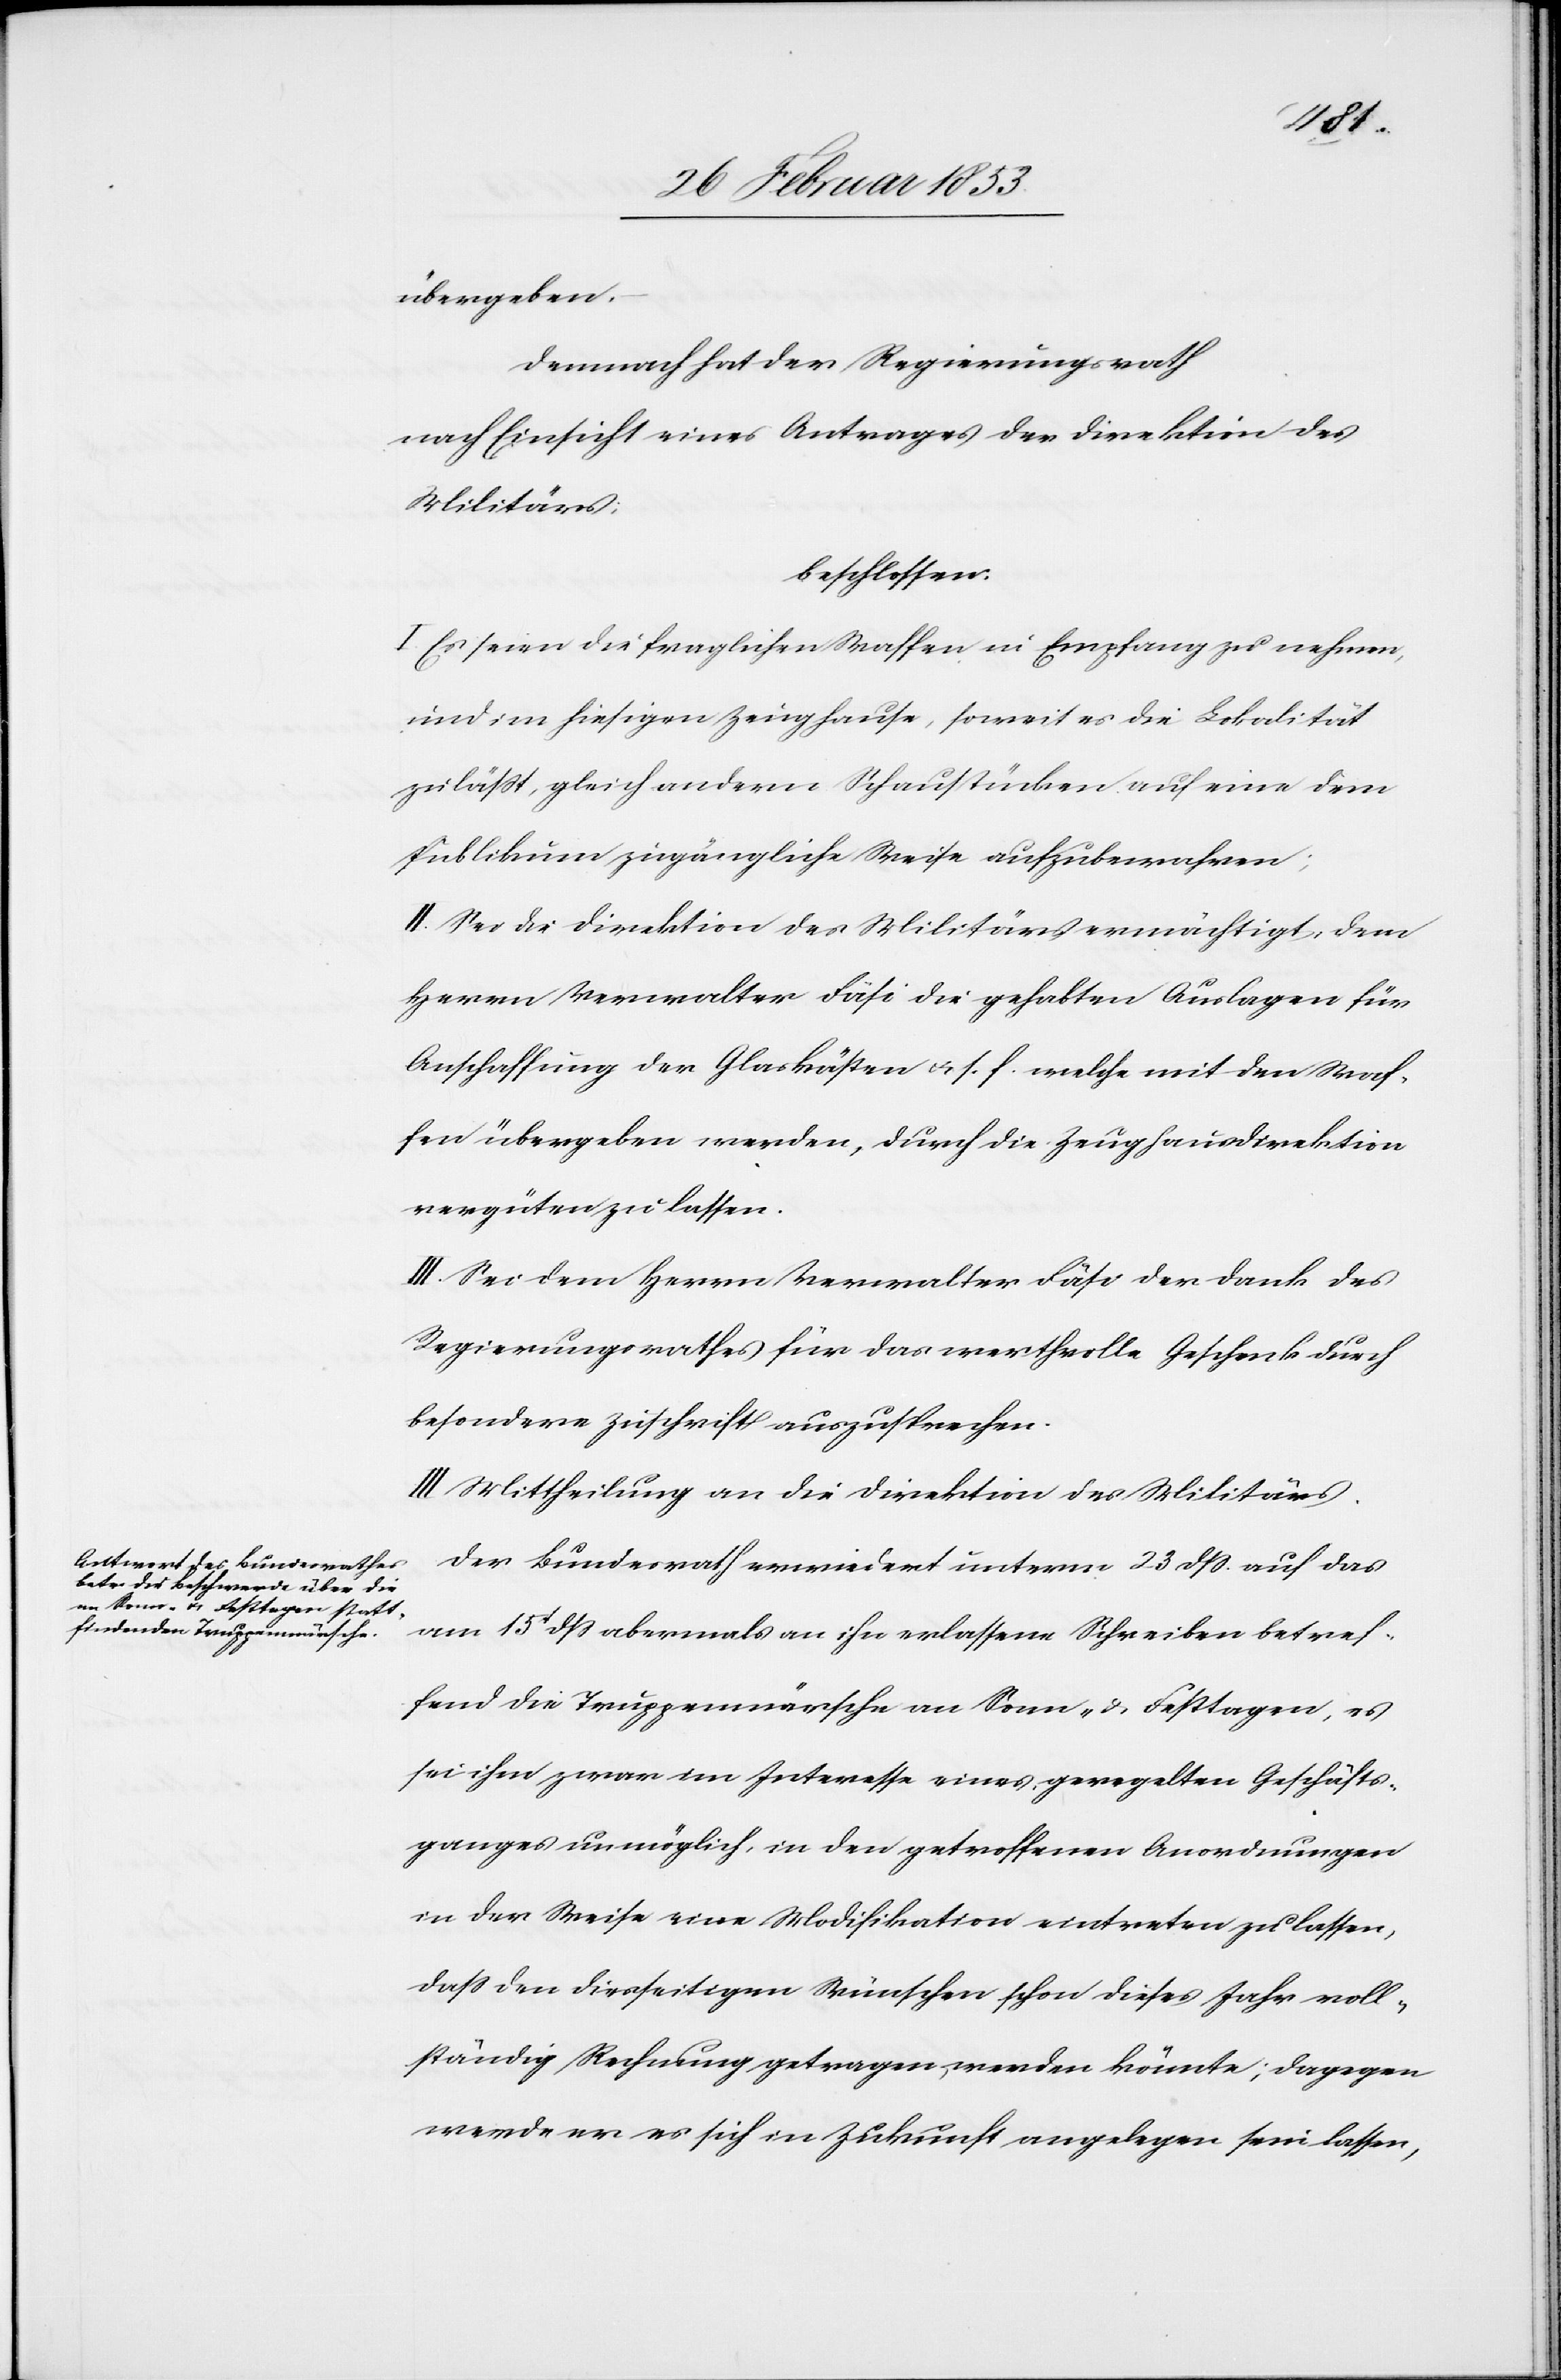
übergeben.
Demnach hat der Regierungsrath
nach Einsicht eines Antrages der Direktion des
Militärs.
beschlossen:
I. Es seien die fraglichen Waffen in Empfang zu nehmen,
und im hiesigen Zeughause, soweit es die Lokalität
zuläßt, gleich andern Schaustücken auf eine dem
Publikum zugängliche Weise aufzubewahren;
II. Sei die Direktion des Militärs ermächtigt, dem
Herrn Verwalter Fäsi die gehabten Auslagen für
Anschaffung der Glaskästen u. s. f. welche mit den Waf¬
fen übergeben werden, durch die Zeughausdirektion
vergüten zu lassen.
III. Sei dem Herrn Verwalter Fäsi der Dank des
Regierungsrathes für das werthvolle Geschenk durch
besondere Zuschrift auszusprechen.
Mittheilung an die Direktion des Militärs.
Der Bundesrath erwiedert unterm 23 dß. auf das
am 15t. dß abermals an ihn erlassene Schreiben betref¬
fend die Truppenmärsche an Sonn- u. Festtagen, es
sei ihm zwar am Interesse eines geregelten Geschäfts¬
ganges unmöglich, in den getroffenen Anordnungen
in der Weise eine Modifikation eintreten zu lassen,
daß den diesseitigen Wünschen schon dieses Jahr voll¬
ständig Rechnung getragen werden könnte; dagegen
werde er es sich in Zukunft angelegen sein lassen,